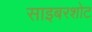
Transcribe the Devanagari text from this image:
साइबरशोट